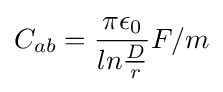
C_{ab}={\frac {\pi \epsilon _{0}}{ln{\frac {D}{r}}}}F/m